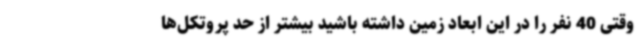
وقتی 40 نفر را در این ابعاد زمین داشته باشید بیشتر از حد پروتکل‌ها